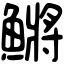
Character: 鱂